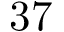
3 7